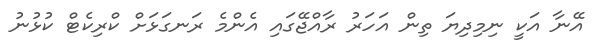
އޭނާ އަކީ ނިމިދިޔަ ތިން އަހަރު ރާއްޖޭގައި އެންމެ ރަނގަޅަށް ކްރިކެޓް ކުޅުނު